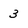
Character: 3